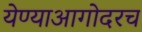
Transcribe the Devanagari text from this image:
येण्याआगोदरच